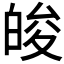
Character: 𤽭